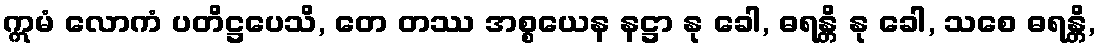
ဣမံ လောကံ ပတိဋ္ဌပေသိ, တေ တဿ အစ္စယေန နဋ္ဌာ နု ခေါ, ဓရန္တိ နု ခေါ, သစေ ဓရန္တိ,